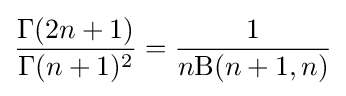
{\frac {\Gamma (2n+1)}{\Gamma (n+1)^{2}}}={\frac {1}{n\mathrm {B} (n+1,n)}}